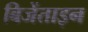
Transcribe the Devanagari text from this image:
बिजेंताइन